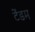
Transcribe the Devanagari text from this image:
टेंडम